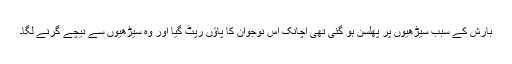
بارش کے سبب سیڑھیوں پر پھلسن ہو گئی تھی اچانک اس نوجوان کا پاؤں رَپٹ گیا اور وہ سیڑھیوں سے نیچے گِرنے لَگا۔